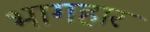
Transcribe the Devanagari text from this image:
भागहार